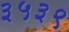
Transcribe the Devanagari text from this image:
३५३९